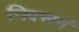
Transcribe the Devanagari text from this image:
निवसनं